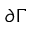
\partial \Gamma